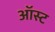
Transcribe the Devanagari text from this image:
ऑस्ट